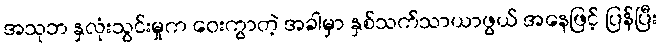
အသုဘ နှလုံးသွင်းမှုက ဝေးကွာတဲ့ အခါမှာ နှစ်သက်သာယာဖွယ် အနေဖြင့် ပြန်ပြီး